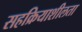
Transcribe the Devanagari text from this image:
सहक्रियाशीलता